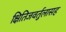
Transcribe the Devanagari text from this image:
क्षितिजवर्तुलासह